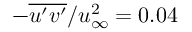
- \overline { { u ^ { \prime } v ^ { \prime } } } / u _ { \infty } ^ { 2 } = 0 . 0 4